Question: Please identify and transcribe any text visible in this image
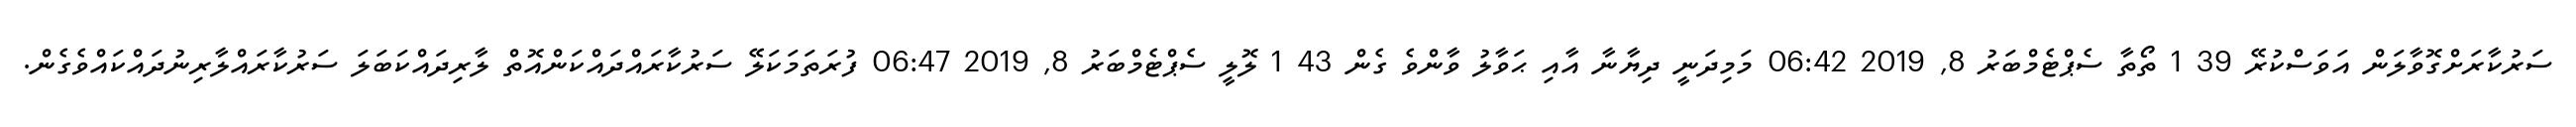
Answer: ސަރުކާރަށްގޮވާލަން އަވަސްކުރޭ 39 1 ތޯތާ ސެޕްޓެމްބަރު 8, 2019 06:42 މަމިދަނީ ދިޔާނާ އާއި ޙަވާލު ވާންވެ ގެން 43 1 ލޮލީ ސެޕްޓެމްބަރު 8, 2019 06:47 ފުރަތަމަކަލޭ ސަރުކާރައްދައްކަންއޮތް ލާރިދައްކަބަލަ ސަރުކާރައްލާރިނުދައްކައްވެގެން.